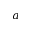
a